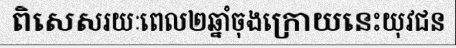
ពិសេសរយៈពេល២ឆ្នាំចុងក្រោយនេះយុវជន